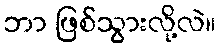
ဘာ ဖြစ်သွားလို့လဲ။